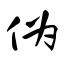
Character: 伪